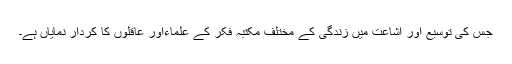
جس کی توسیع اور اشاعت میں زندگی کے مختلف مکتبہ فکر کے علماءاور عاقلوں کا کردار نمایاں ہے۔